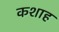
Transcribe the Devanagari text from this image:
कशाह